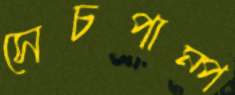
সেচপাম্প